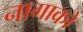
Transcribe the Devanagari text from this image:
नागाको